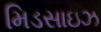
મિડસાઇઝ